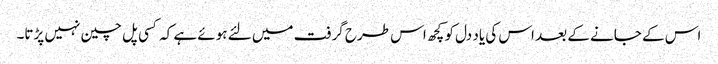
اس کے جانے کے بعد اس کی یاد دل کو کچھ اس طرح گرفت میں لئے ہوئے ہے کہ کسی پل چین نہیں پڑتا۔